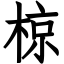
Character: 椋